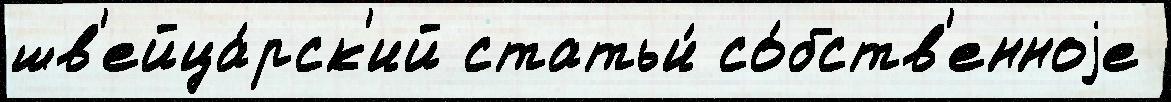
шв'ейца́рск'ий статьи́ со́бств'енноjе